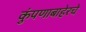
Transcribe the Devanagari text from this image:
कुंपणाबाहेरचे